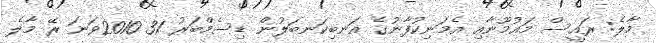
މާލެ: ރައީސް މައުމޫނާއި އެމަނިކުފާނުގެ އަނބިކަނބަލުން ޑިސެމްބަރު 31 2010ވަނަ ރޭ މާލެ